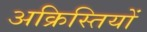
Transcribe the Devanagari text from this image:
अक्रिस्तियों